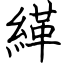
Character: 緙